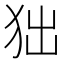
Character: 𤝒